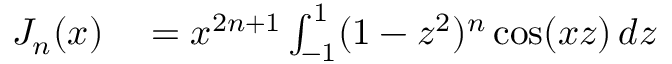
\begin{array} { r l } { J _ { n } ( x ) } & { { } = x ^ { 2 n + 1 } \int _ { - 1 } ^ { 1 } ( 1 - z ^ { 2 } ) ^ { n } \cos ( x z ) \, d z } \end{array}